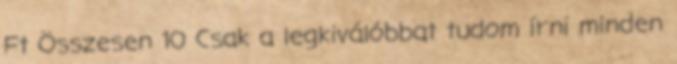
Ft Összesen 10 Csak a legkiválóbbat tudom írni minden